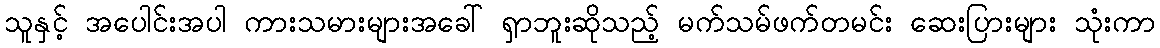
သူနှင့် အပေါင်းအပါ ကားသမားများအခေါ် ရှာဘူးဆိုသည့် မက်သမ်ဖက်တမင်း ဆေးပြားများ သုံးကာ